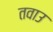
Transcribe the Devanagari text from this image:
तवाउ